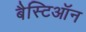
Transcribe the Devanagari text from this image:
बैस्टिऑन